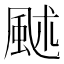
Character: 𩖶